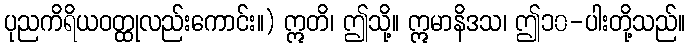
ပုညကိရိယဝတ္ထုလည်းကောင်း။) ဣတိ၊ ဤသို့။ ဣမာနိဒသ၊ ဤ၁၀-ပါးတို့သည်။